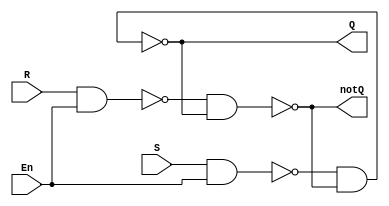
`timescale 1ns/1ps //delay unit is 1ns 

module sr_latch(Q, notQ, En, S, R);

//declare all ports
output wire Q, notQ;
input wire En, S, R;

//intermediate nets
//nandSEN is the output of NAND(S,EN)
//nandREN is the output of NAND(R,EN)

wire nandSEN, nandREN;
//delay of nand0 is 2ns

nand #4 nand1(Q,nandSEN,notQ);
nand #4 nand2(nandSEN, S, En);
nand #4 nand3(nandREN, R,En);
nand #4 nand4(notQ, nandREN, Q);

endmodule //designate end of module